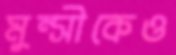
মুন্সীকেও